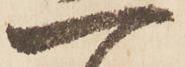
一